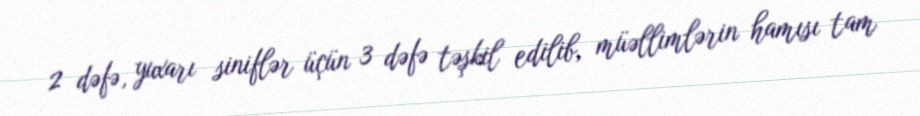
2 dəfə, yuxarı siniflər üçün 3 dəfə təşkil edilib, müəllimlərin hamısı tam